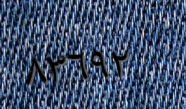
٨٣٦٩٢